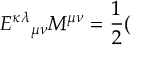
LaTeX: { { \cal E } ^ { \kappa \lambda } } _ { \mu \nu } M ^ { \mu \nu } = \frac { 1 } { 2 } (